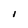
Character: I